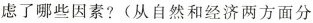
虑了哪些因素?(从自然和经济两方面分